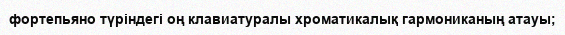
фортепьяно түріндегі оң клавиатуралы хроматикалық гармониканың атауы;